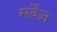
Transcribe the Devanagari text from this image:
सर्वेज़